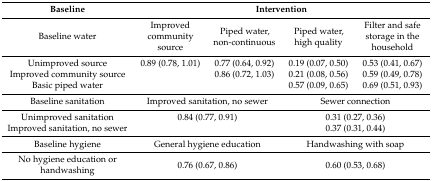
<table><thead><tr><td><b>Baseline</b></td><td colspan="4"><b>Intervention</b></td></tr></thead><tbody><tr><td>Baseline water</td><td>Improved community source</td><td>Piped water, non-continuous</td><td>Piped water, high quality</td><td>Filter and safe storage in the household</td></tr><tr><td>Unimproved source</td><td>0.89 (0.78, 1.01)</td><td>0.77 (0.64, 0.92)</td><td>0.19 (0.07, 0.50)</td><td>0.53 (0.41, 0.67)</td></tr><tr><td>Improved community source</td><td></td><td>0.86 (0.72, 1.03)</td><td>0.21 (0.08, 0.56)</td><td>0.59 (0.49, 0.78)</td></tr><tr><td>Basic piped water</td><td></td><td></td><td>0.57 (0.09, 0.65)</td><td>0.69 (0.51, 0.93)</td></tr><tr><td>Baseline sanitation</td><td colspan="2">Improved sanitation, no sewer</td><td colspan="2">Sewer connection</td></tr><tr><td>Unimproved sanitation</td><td colspan="2">0.84 (0.77, 0.91)</td><td colspan="2">0.31 (0.27, 0.36)</td></tr><tr><td>Improved sanitation, no sewer</td><td colspan="2"></td><td colspan="2">0.37 (0.31, 0.44)</td></tr><tr><td>Baseline hygiene</td><td colspan="2">General hygiene education</td><td colspan="2">Handwashing with soap</td></tr><tr><td>No hygiene education or handwashing</td><td colspan="2">0.76 (0.67, 0.86)</td><td colspan="2">0.60 (0.53, 0.68)</td></tr></tbody></table>